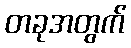
တခုအတွက်